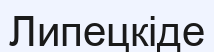
Липецкіде